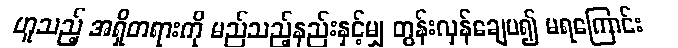
ဟူသည့် အရှိတရားကို မည်သည့်နည်းနှင့်မျှ တွန်းလှန်ချေပ၍ မရကြောင်း